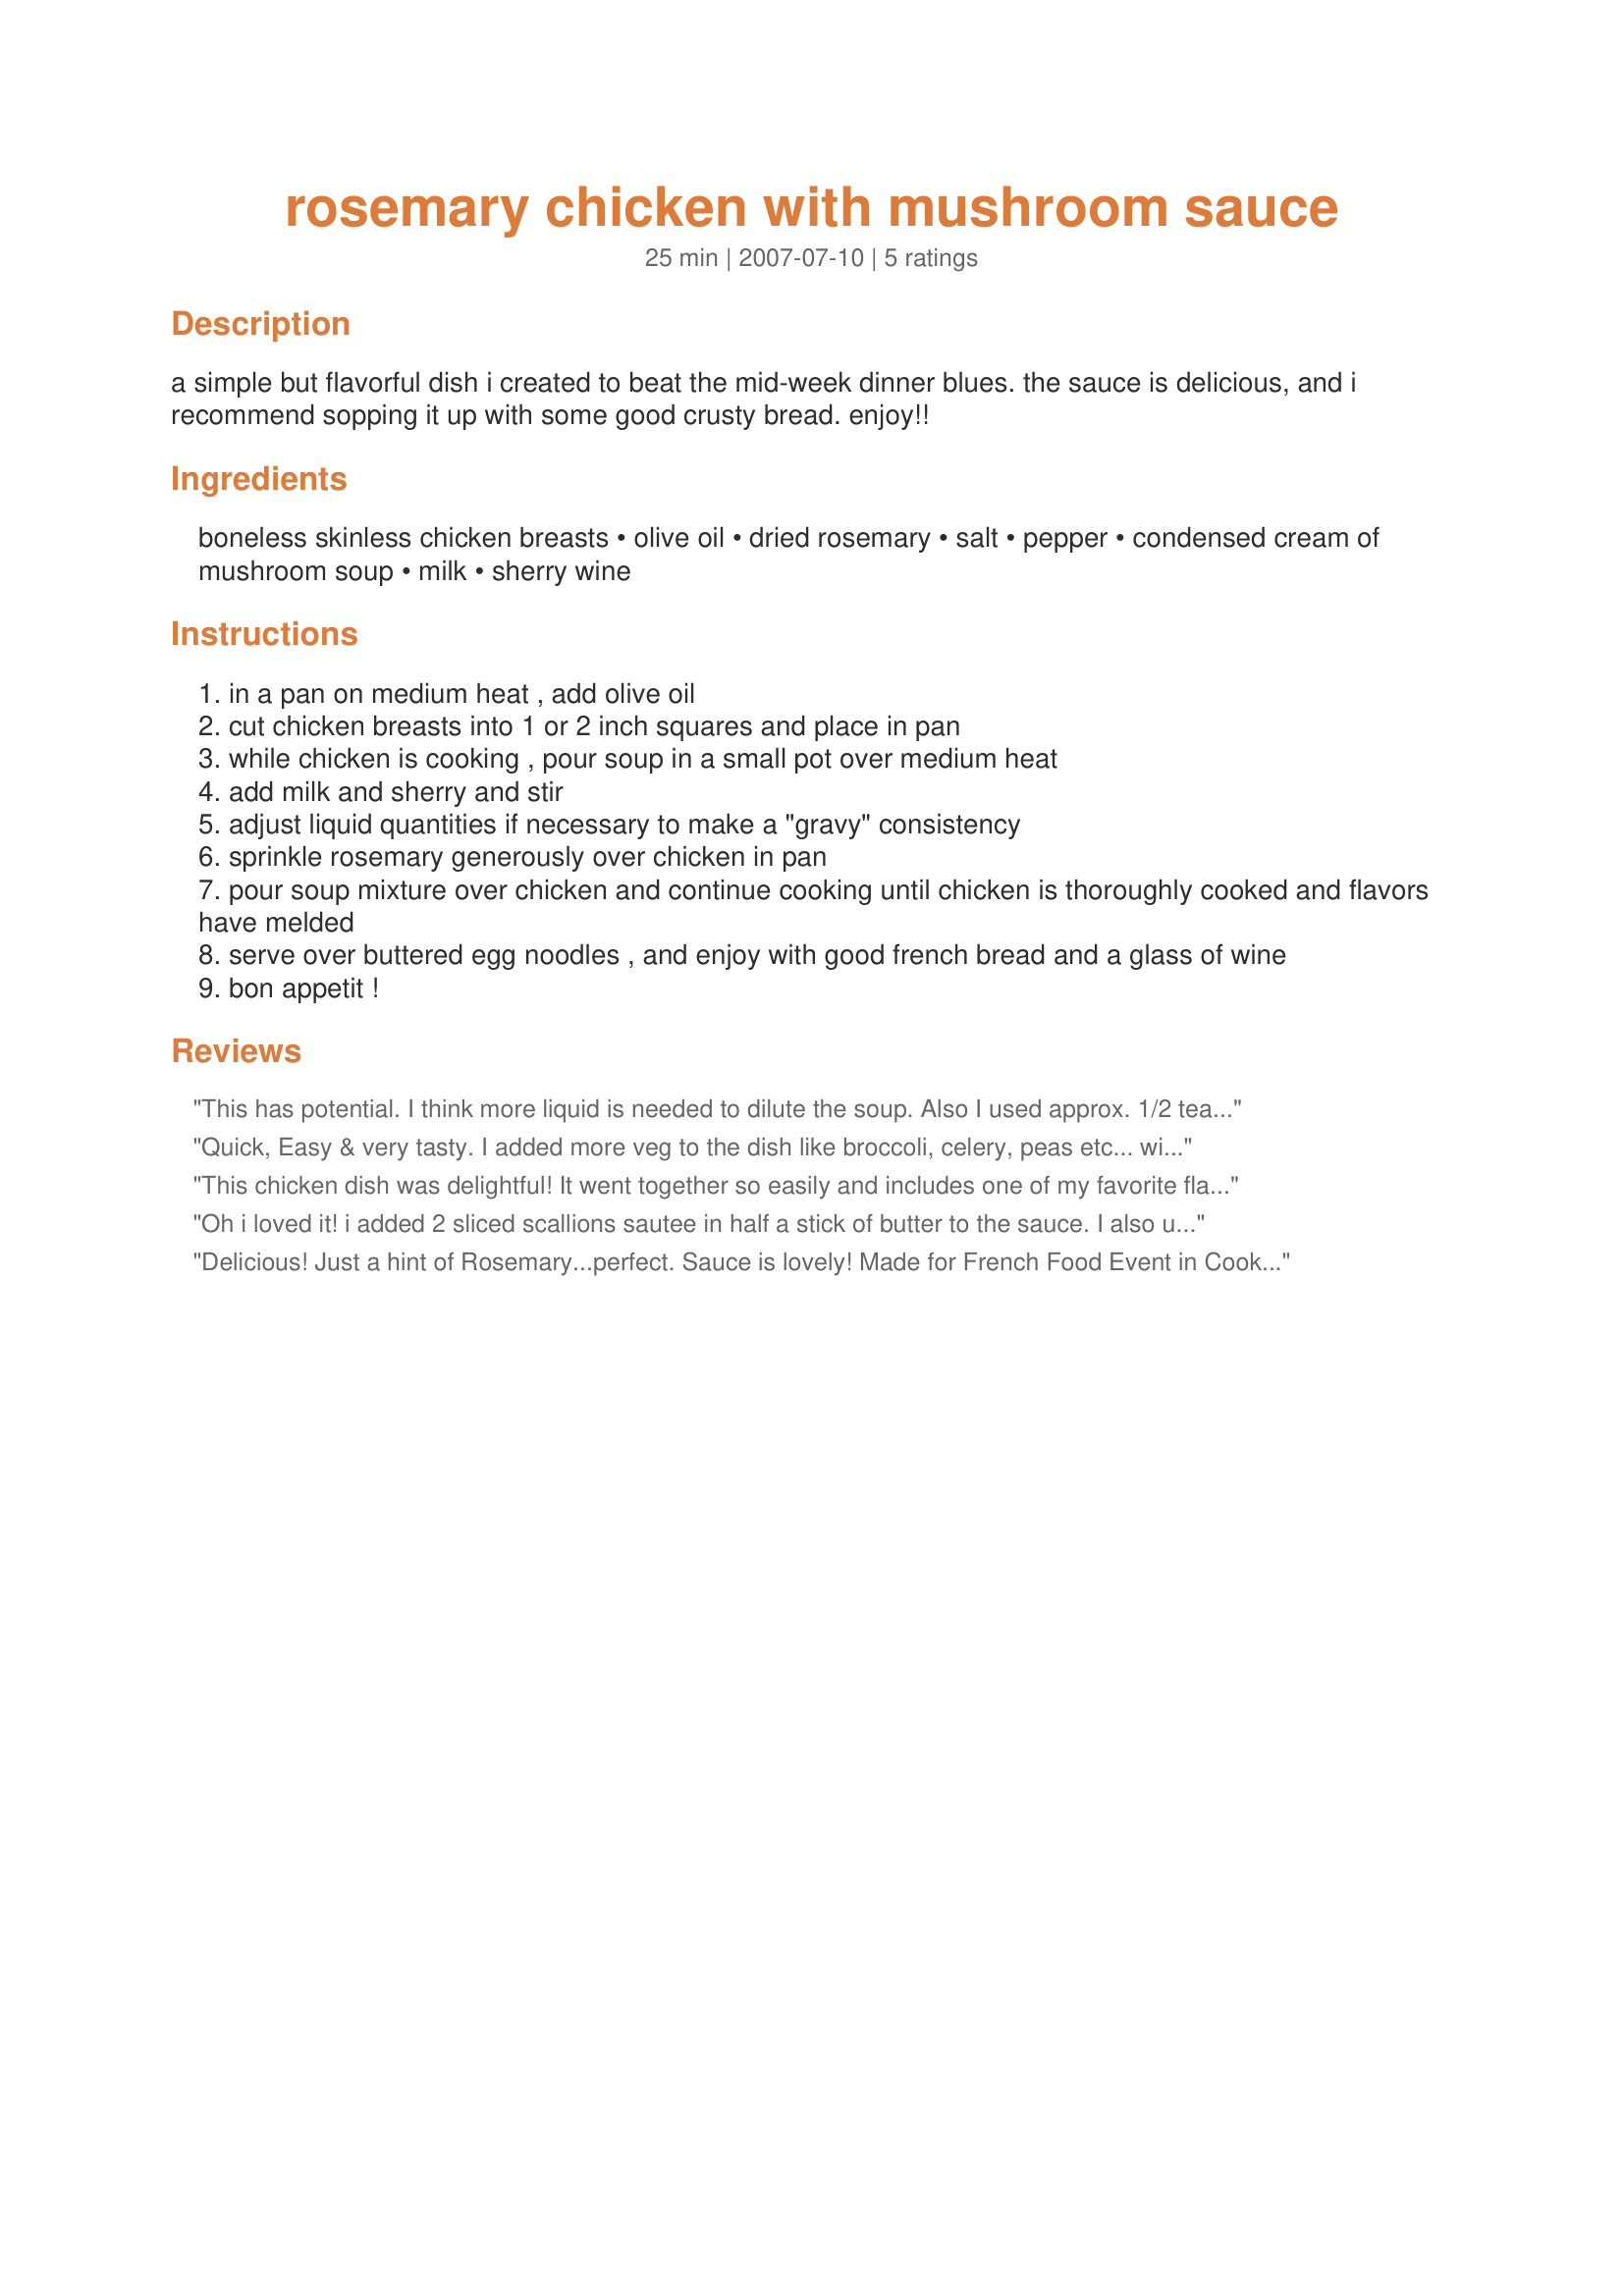
rosemary chicken with mushroom sauce
Preparation time: 25 minutes

a simple but flavorful dish i created to beat the mid-week dinner blues. the sauce is delicious, and i recommend sopping it up with some good crusty bread. enjoy!!

Ingredients:
boneless skinless chicken breasts, olive oil, dried rosemary, salt, pepper, condensed cream of mushroom soup, milk, sherry wine

Steps:
in a pan on medium heat , add olive oil
cut chicken breasts into 1 or 2 inch squares and place in pan
while chicken is cooking , pour soup in a small pot over medium heat
add milk and sherry and stir
adjust liquid quantities if necessary to make a "gravy" consistency
sprinkle rosemary generously over chicken in pan
pour soup mixture over chicken and continue cooking until chicken is thoroughly cooked and flavors have melded
serve over buttered egg noodles , and enjoy with good french bread and a glass of wine
bon appetit !

Reviews:
This has potential. I think more liquid is needed to dilute the soup. Also I used approx. 1/2 teas. of dried rosemary. My family thought it was too strong, so I&#039;ll back off next time. I added sliced mini portobellos (saut&eacute;ed in EVOO) and deglazed the pan with a bit of white wine after browning the chicken. Heated through and served with egg noodles. I&#039;ll be making this again with adjustments to the liquid. Thanks for sharing your creation. :D
Quick, Easy & very tasty. I added more veg to the dish like broccoli, celery, peas etc... will make this again.
This chicken dish was delightful! It went together so easily and includes one of my favorite flavor combinations - chicken and rosemary. I used half-and-half and the sauce was so creamy and flavorful. We really enjoyed this recipe!
Oh i loved it! i added 2 sliced scallions sautee in half a stick of butter to the sauce. I also used whipping cream for the sauce. My husband and mother in law loved to sooo much. they all said i have to make it again.
Delicious! Just a hint of Rosemary...perfect. Sauce is lovely! Made for French Food Event in Cooking Photos.
